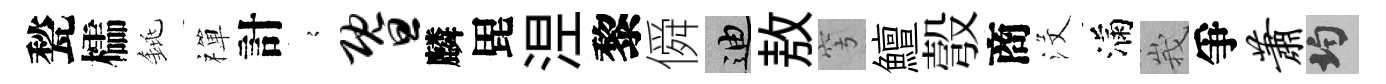
甃櫺銚禪計𡪹暨麟毘𣵀黎僢迪敖穹鱣彀商沒滿峩爭萧均